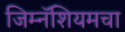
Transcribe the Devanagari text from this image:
जिम्नॅशियमचा